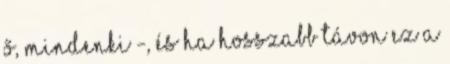
ő, mindenki -, és ha hosszabb távon ez a